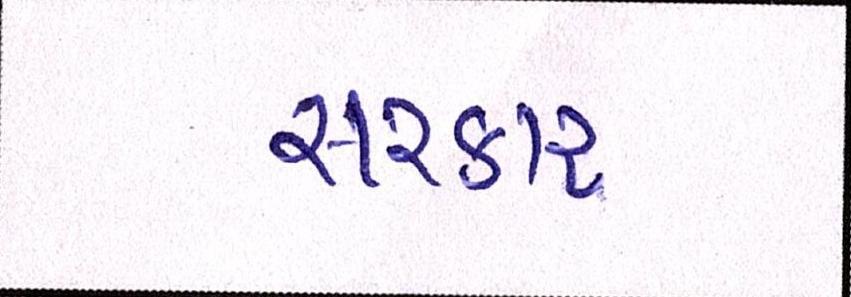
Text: સરકાર